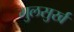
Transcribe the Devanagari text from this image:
गुलसुर्ख